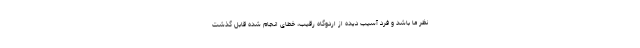
نظر ما باشد و فرد آسیب دیده از اردوگاه رقیب، خطای انجام شده قابل گذشت